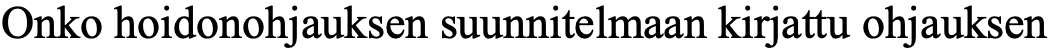
Onko hoidonohjauksen suunnitelmaan kirjattu ohjauksen